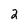
Character: 2